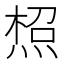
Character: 𤋐